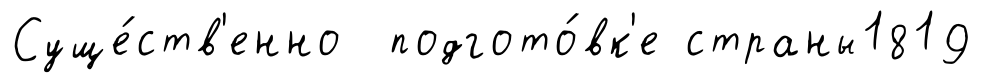
Суще́ств'енно подгото́вк'е страны1819